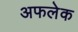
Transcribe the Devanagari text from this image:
अफलेक